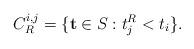
LaTeX: \begin{align*} C_R^{i, j} = \{ \mathbf{t} \in S_{} : t_j^R < t_i \}. \end{align*}